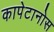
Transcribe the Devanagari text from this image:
कापेटानोस